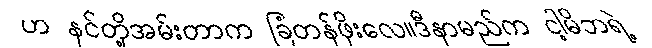
ဟ နင်တို့အမ်းတာက ခြံတန်ဖိုးလေ။ဒီနာမည်က ငါ့မိဘရဲ့